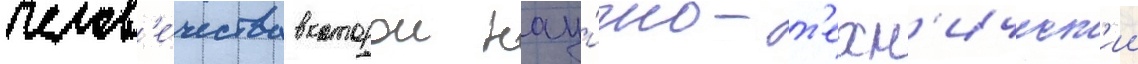
челов'е́чества в которои нау́чно-т'ехн'ическ'ии